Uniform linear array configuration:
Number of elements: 12
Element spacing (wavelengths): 1
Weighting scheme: hann
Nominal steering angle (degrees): -15
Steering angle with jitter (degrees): -13.954
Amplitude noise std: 0.05
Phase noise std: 0.05

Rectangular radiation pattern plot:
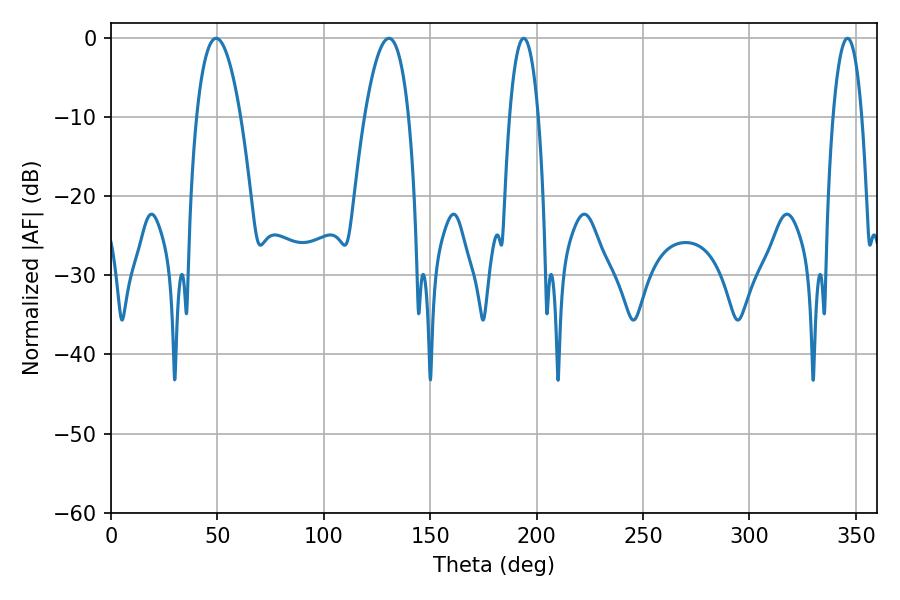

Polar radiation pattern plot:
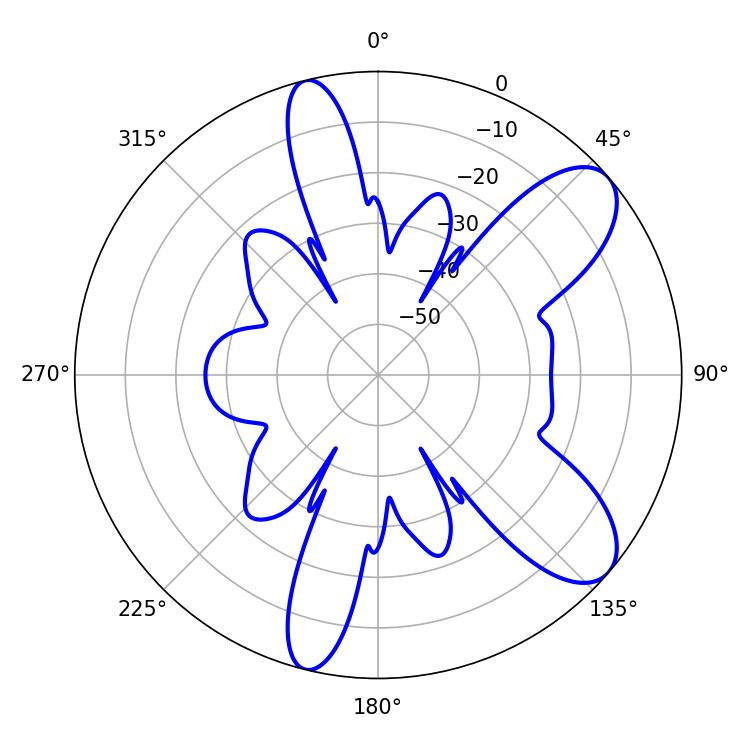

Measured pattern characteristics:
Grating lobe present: TRUE
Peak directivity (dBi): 8.886
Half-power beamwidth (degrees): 11.34
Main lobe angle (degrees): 49.32